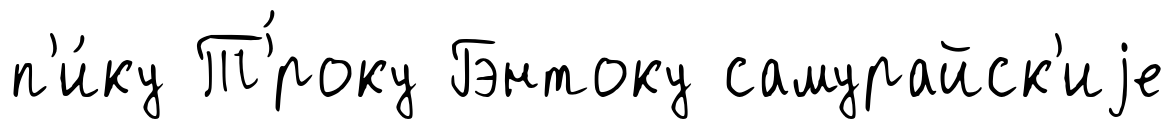
п'и́ку Т'́року Гэнтоку самурайск'иjе